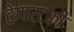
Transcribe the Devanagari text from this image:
टेगार्टकी